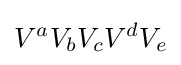
V^{a}V_{b}V_{c}V^{d}V_{e}